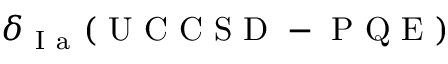
\delta _ { \mathrm { ~ I ~ a ~ } } ( \mathrm { ~ U ~ C ~ C ~ S ~ D ~ - ~ P ~ Q ~ E ~ } )